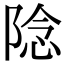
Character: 䧔